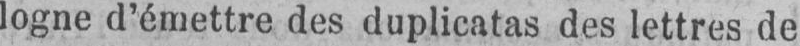
logne d’émettre des duplicatas des lettres de